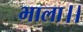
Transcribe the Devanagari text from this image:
भाला।।